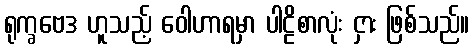
ရုက္ခဗေဒ ဟူသည့် ဝေါဟာရမှာ ပါဠိစာလုံး ငှား ဖြစ်သည်။